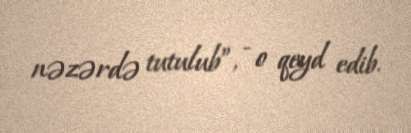
nəzərdə tutulub”, - o qeyd edib.